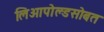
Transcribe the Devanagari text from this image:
लिओपोल्डसोबत